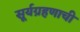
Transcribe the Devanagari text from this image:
सूर्यग्रहणाची